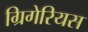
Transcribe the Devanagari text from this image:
ग्रिगेरियस